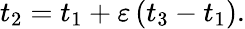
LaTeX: t_{2}=t_{1}+\varepsilon\left(t_{3}-t_{1}\right).